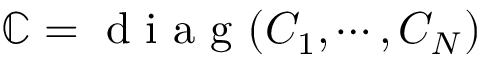
\mathbb { C } = \textrm { d i a g } ( C _ { 1 } , \cdots , C _ { N } )